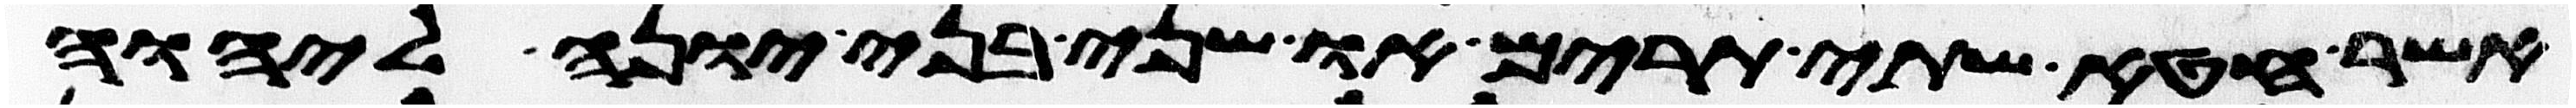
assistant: אשר חטא שתי תרים או שני בני יונה ליהוה